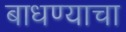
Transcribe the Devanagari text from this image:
बाधण्याचा